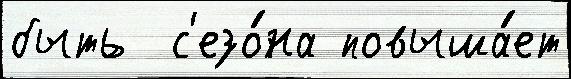
быть  с'езо́на повыша́ет